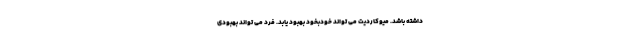
داشته باشد. میوکاردیت می تواند خودبخود بهبود یابد. فرد می تواند بهبودی